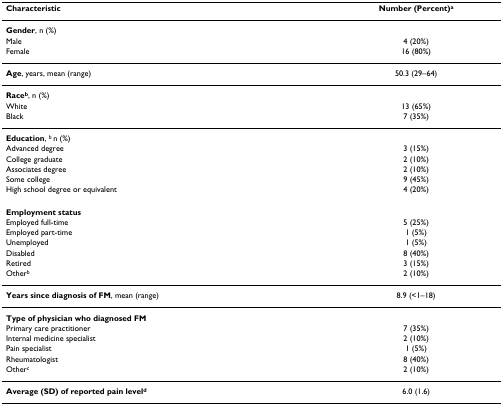
<table><thead><tr><td><b>Characteristic</b></td><td><b>Number (Percent)<sup>a</sup></b></td></tr></thead><tbody><tr><td><b>Gender</b>, n (%)</td><td></td></tr><tr><td>Male</td><td>4 (20%)</td></tr><tr><td>Female</td><td>16 (80%)</td></tr><tr><td><b>Age</b>, years, mean (range)</td><td>50.3 (29–64)</td></tr><tr><td><b>Race<sup>b</sup></b>, n (%)</td><td></td></tr><tr><td>White</td><td>13 (65%)</td></tr><tr><td>Black</td><td>7 (35%)</td></tr><tr><td><b>Education</b>, <sup>b </sup>n (%)</td><td></td></tr><tr><td>Advanced degree</td><td>3 (15%)</td></tr><tr><td>College graduate</td><td>2 (10%)</td></tr><tr><td>Associates degree</td><td>2 (10%)</td></tr><tr><td>Some college</td><td>9 (45%)</td></tr><tr><td>High school degree or equivalent</td><td>4 (20%)</td></tr><tr><td><b>Employment status</b></td><td></td></tr><tr><td>Employed full-time</td><td>5 (25%)</td></tr><tr><td>Employed part-time</td><td>1 (5%)</td></tr><tr><td>Unemployed</td><td>1 (5%)</td></tr><tr><td>Disabled</td><td>8 (40%)</td></tr><tr><td>Retired</td><td>3 (15%)</td></tr><tr><td>Other<sup>b</sup></td><td>2 (10%)</td></tr><tr><td><b>Years since diagnosis of FM</b>, mean (range)</td><td>8.9 (&lt;1–18)</td></tr><tr><td><b>Type of physician who diagnosed FM</b></td><td></td></tr><tr><td>Primary care practitioner</td><td>7 (35%)</td></tr><tr><td>Internal medicine specialist</td><td>2 (10%)</td></tr><tr><td>Pain specialist</td><td>1 (5%)</td></tr><tr><td>Rheumatologist</td><td>8 (40%)</td></tr><tr><td>Other<sup>c</sup></td><td>2 (10%)</td></tr><tr><td><b>Average (SD) of reported pain level<sup>d</sup></b></td><td>6.0 (1.6)</td></tr></tbody></table>